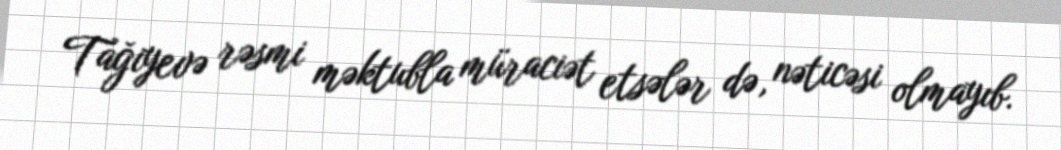
Tağiyevə rəsmi məktubla müraciət etsələr də, nəticəsi olmayıb.